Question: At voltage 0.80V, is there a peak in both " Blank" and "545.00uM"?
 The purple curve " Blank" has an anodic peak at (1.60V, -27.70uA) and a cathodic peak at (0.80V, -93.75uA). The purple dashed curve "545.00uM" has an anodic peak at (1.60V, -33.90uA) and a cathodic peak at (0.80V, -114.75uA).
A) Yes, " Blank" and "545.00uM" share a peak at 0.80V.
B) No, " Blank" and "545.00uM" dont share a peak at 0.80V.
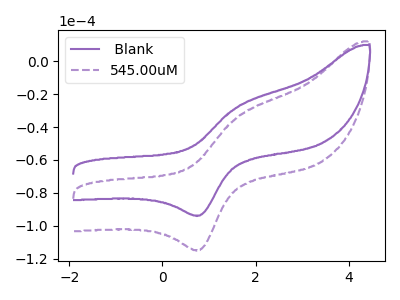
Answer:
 <answer>A) Yes, " Blank" and "545.00uM" share a peak at 0.80V.</answer>
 <eval>A</eval>